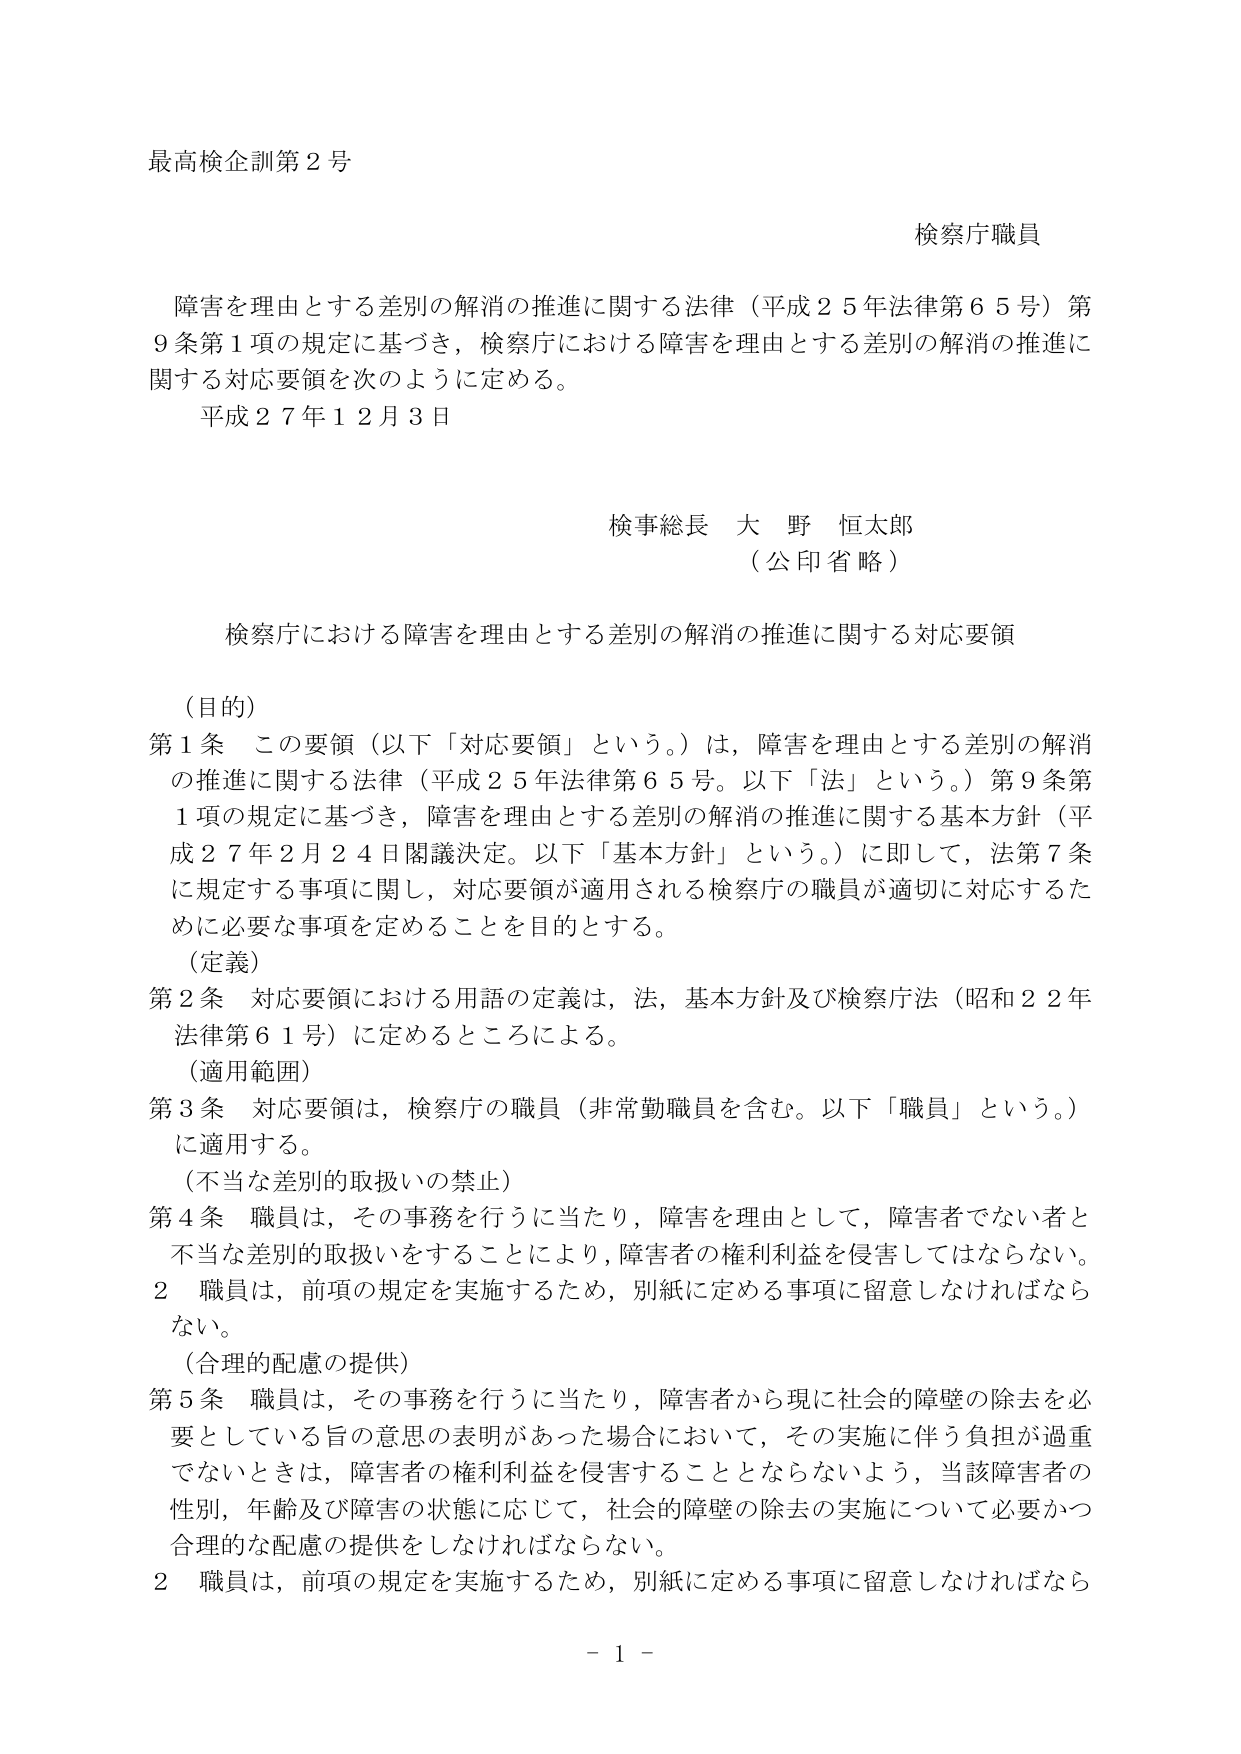
最高検企訓第２号

検察庁職員

障害を理由とする差別の解消の推進に関する法律（平成２５年法律第６５号）第９条第１項の規定に基づき，検察庁における障害を理由とする差別の解消の推進に関する対応要領を次のように定める。

平成２７年１２月３日

検事総長 大野 恒太郎
（公印省略）

検察庁における障害を理由とする差別の解消の推進に関する対応要領

（目的）
第１条 この要領（以下「対応要領」という。）は，障害を理由とする差別の解消の推進に関する法律（平成２５年法律第６５号。以下「法」という。）第９条第１項の規定に基づき，障害を理由とする差別の解消の推進に関する基本方針（平成２７年２月２４日閣議決定。以下「基本方針」という。）に即して，法第７条に規定する事項に関し，対応要領が適用される検察庁の職員が適切に対応するため必要な事項を定めることを目的とする。

（定義）
第２条 対応要領における用語の定義は，法，基本方針及び検察庁法（昭和２２年法律第６１号）に定めるところによる。

（適用範囲）
第３条 対応要領は，検察庁の職員（非常勤職員を含む。以下「職員」という。）に適用する。

（不当な差別的取扱いの禁止）
第４条 職員は，その事務を行うに当たり，障害を理由として，障害者でない者と不当な差別的取扱いをすることにより，障害者の権利利益を侵害してはならない。
２ 職員は，前項の規定を実施するため，別紙に定める事項に留意しなければならない。

（合理的配慮の提供）
第５条 職員は，その事務を行うに当たり，障害者から現に社会的障壁の除去を必要としている旨の意思の表明があった場合において，その実施に伴う負担が過重でないときは，障害者の権利利益を侵害することとならないよう，当該障害者の性別，年齢及び障害の状態に応じて，社会的障壁の除去の実施について必要かつ合理的な配慮の提供をしなければならない。
２ 職員は，前項の規定を実施するため，別紙に定める事項に留意しなければならない。

－ 1 －